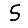
Digit: 5